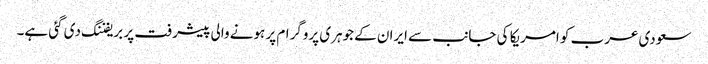
سعودی عرب کو امریکا کی جانب سے ایران کے جوہری پروگرام پر ہونے والی پیشرفت پر بریفننگ دی گئی ہے۔